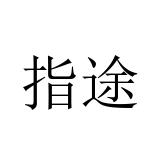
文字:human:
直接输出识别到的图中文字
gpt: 指途